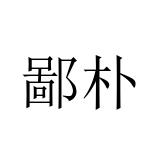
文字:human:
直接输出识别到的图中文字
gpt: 鄙朴